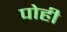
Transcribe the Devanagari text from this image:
पोही